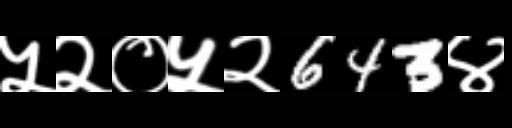
Text: ५२०५२643४